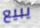
يبيع